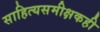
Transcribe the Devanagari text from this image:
साहित्यसमीक्षकही